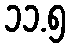
၁၁.၅